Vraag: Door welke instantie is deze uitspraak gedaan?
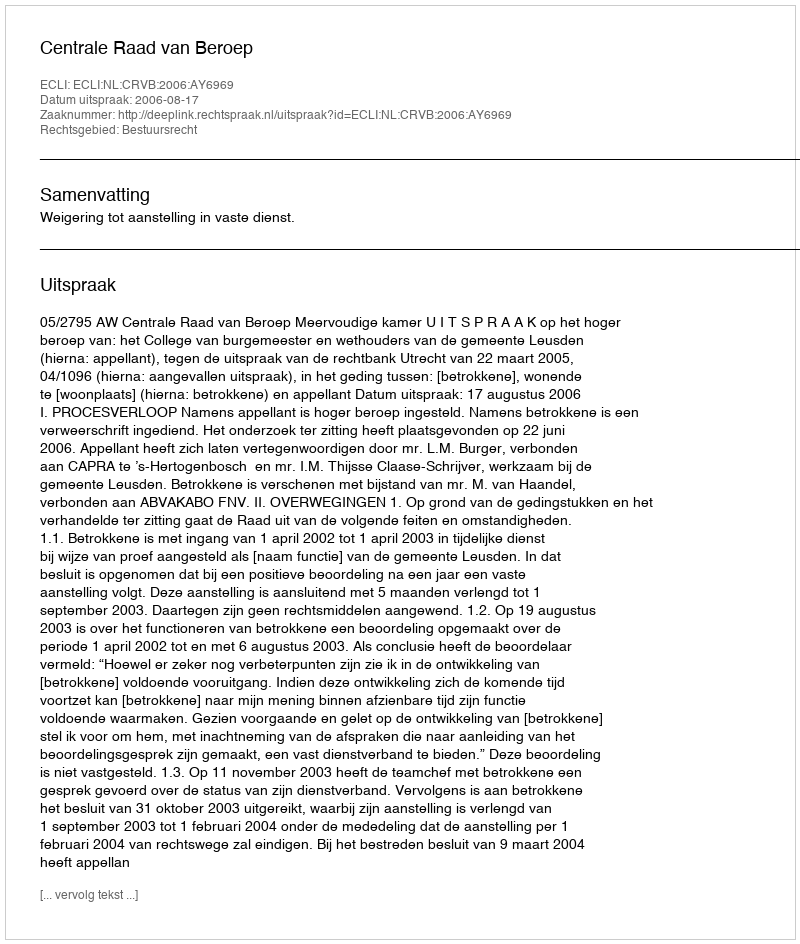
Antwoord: Centrale Raad van Beroep